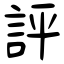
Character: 評